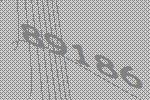
89186